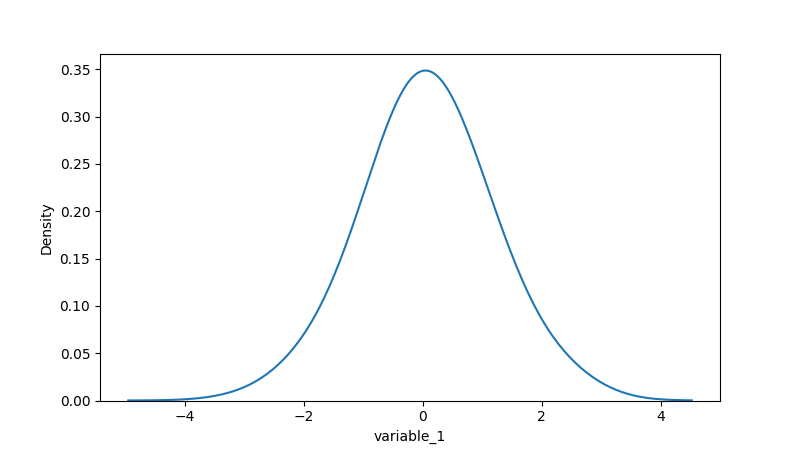
python, seaborn, kdeplot, hue='None', fill=False, bw_adjust=2.0